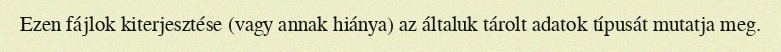
Ezen fájlok kiterjesztése (vagy annak hiánya) az általuk tárolt adatok típusát mutatja meg.